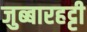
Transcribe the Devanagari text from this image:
जुब्‍बारहट्टी